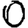
Digit: 0